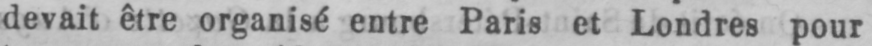
devait être organisé entre Paris et Londres pour